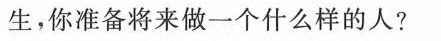
生，你准备将来做一个什么样的人?